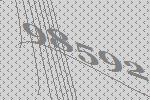
98592